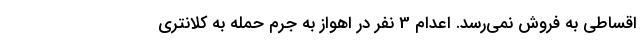
اقساطی به فروش نمی‌رسد. اعدام 3 نفر در اهواز به جرم حمله به کلانتری